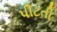
પીટતી